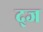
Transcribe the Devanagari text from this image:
द्ज